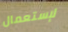
لإستعمال